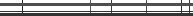
١٠